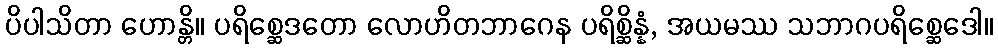
ပိပါသိတာ ဟောန္တိ။ ပရိစ္ဆေဒတော လောဟိတဘာဂေန ပရိစ္ဆိန္နံ, အယမဿ သဘာဂပရိစ္ဆေဒေါ။